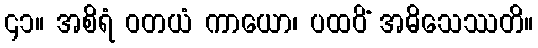
၄၁။ အစိရံ ဝတယံ ကာယော၊ ပထဝိံ အဓိသေဿတိ။